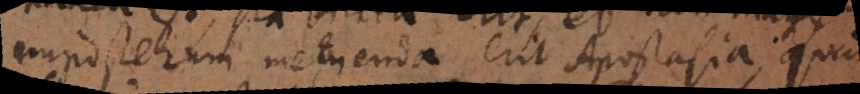
imposterum metuenda erit Apostasia quam